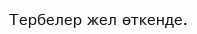
Тербелер жел өткенде.